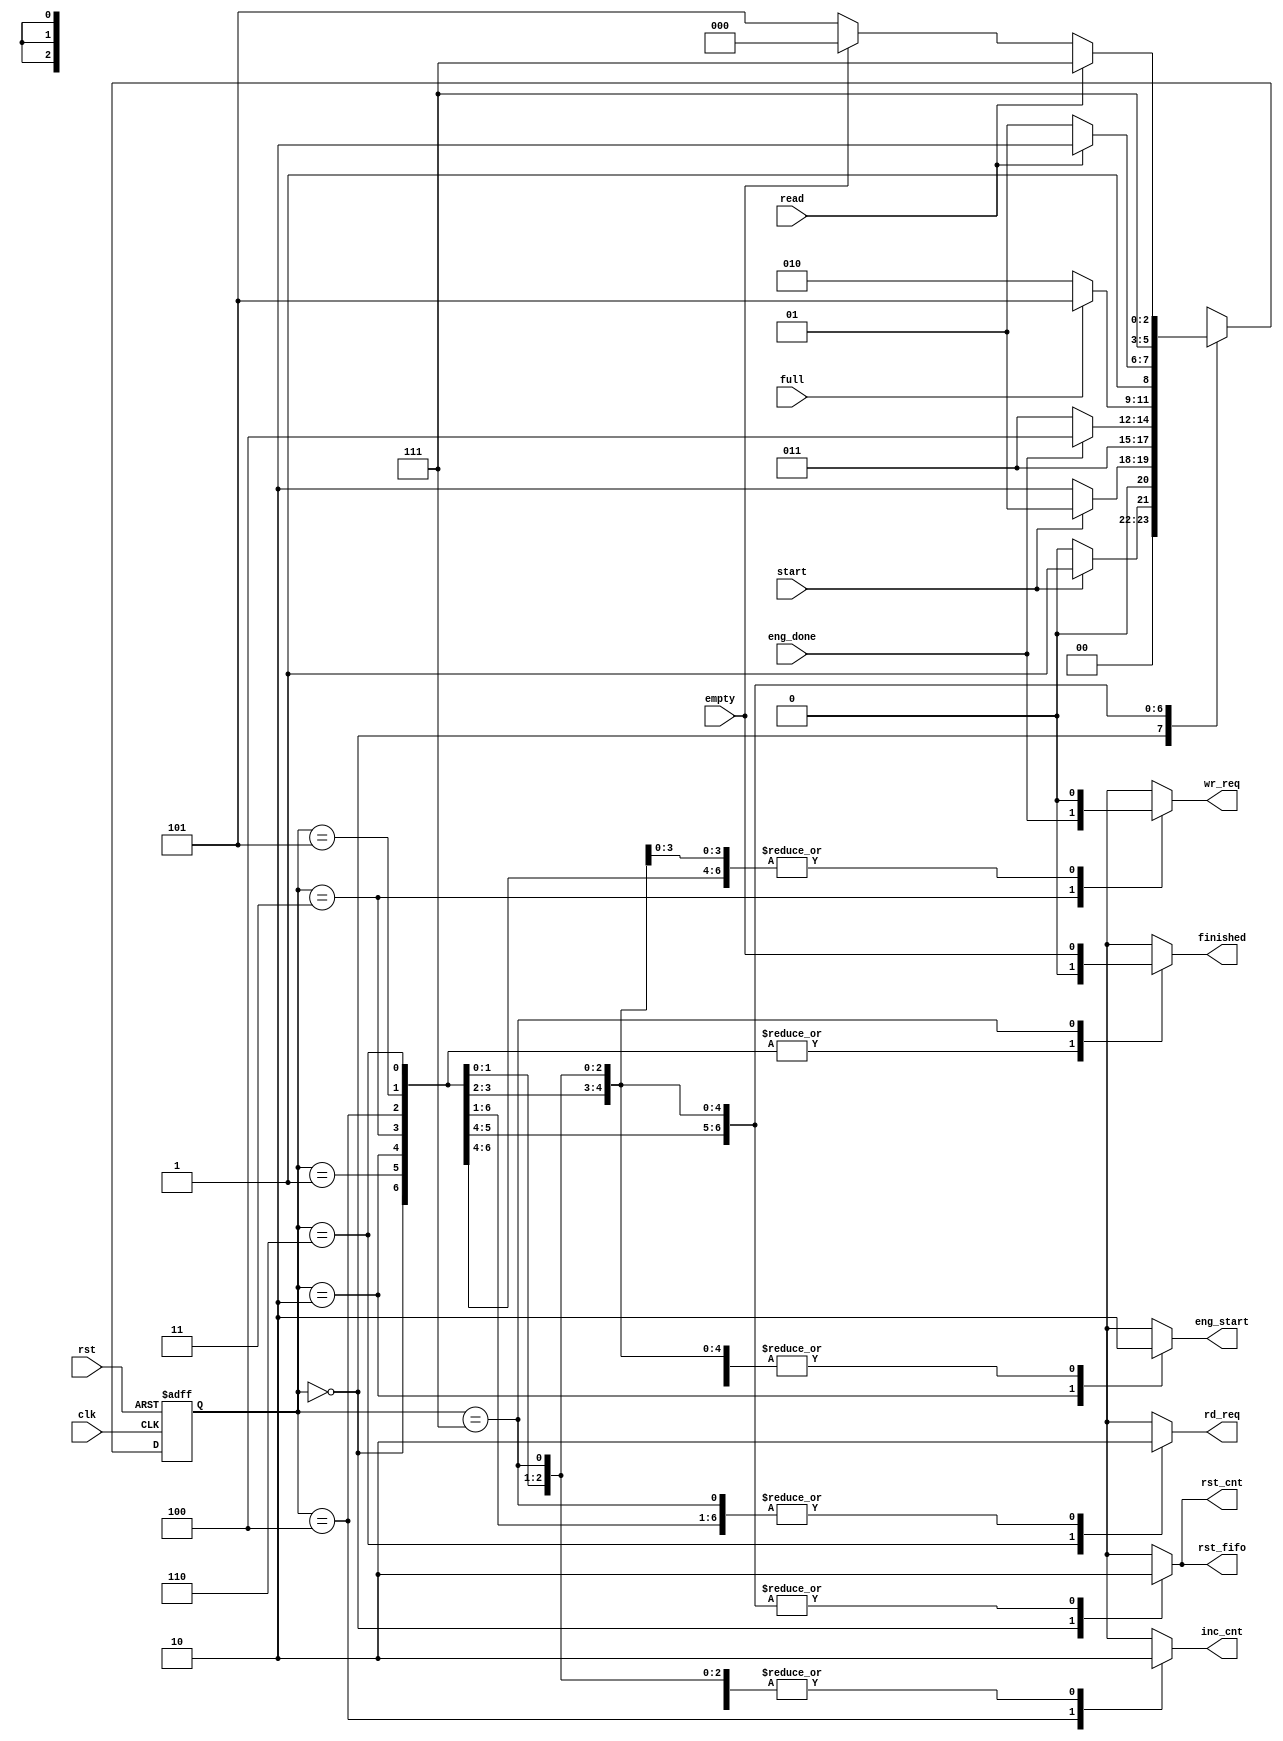
`define init 3'b000
`define wait_s 3'b001
`define beg_cal 3'b010
`define cal 3'b011
`define end_cal 3'b100
`define r_wait 3'b101
`define read_s 3'b110
`define out_cal 3'b111

//cal_done ?
module mycont(clk,rst,rst_cnt,rst_fifo,start,eng_start,eng_done,wr_req,inc_cnt,full,empty,read,rd_req,finished);
  input clk,rst,start,eng_done,full,read,empty;
  output reg rst_cnt,rst_fifo,eng_start,wr_req,inc_cnt,rd_req,finished;
  reg [2:0] ns,ps;
  always @(start,eng_done,full,empty,read) begin
    ns = 0;
    {rst_cnt,rst_fifo,eng_start,wr_req,inc_cnt,rd_req,finished} = 7'b0;
    case (ps)
    `init: begin {rst_cnt,rst_fifo} = 2'b11; ns = (start) ? `wait_s : `init;  end 
    `wait_s: begin ns = start ? `wait_s : `beg_cal; end
    `beg_cal: begin eng_start = 1'b1; ns = `cal; end
    `cal: begin ns = eng_done ? `end_cal : `cal; wr_req = eng_done; end
    `end_cal: begin inc_cnt = 1'b1; ns = (full) ? `r_wait : `beg_cal; end
    `r_wait: begin ns = read ? `read_s : `r_wait; end
    `read_s: begin ns = `out_cal; rd_req = 1'b1; end
    `out_cal: begin ns = (read) ? `out_cal : (empty) ? `init : `r_wait; finished = empty; end

    endcase
  end
  always @(posedge clk,posedge rst) begin
    if(rst) ps <= `init;
    else ps <= ns;
  end
endmodule